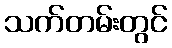
သက်တမ်းတွင်